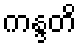
ကန္ဒတိ